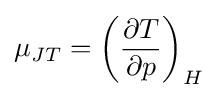
\mu _{JT}=\left({\frac {\partial T}{\partial p}}\right)_{H}